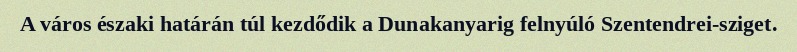
A város északi határán túl kezdődik a Dunakanyarig felnyúló Szentendrei-sziget.